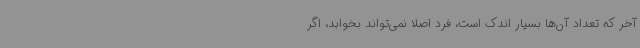
آخر که تعداد آن‌ها بسیار اندک است، فرد اصلا نمی‌تواند بخوابد، اگر